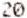
20